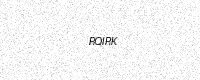
Text: RQIRK